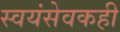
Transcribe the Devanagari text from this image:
स्वयंसेवकही